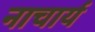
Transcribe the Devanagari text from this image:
नाचार्य